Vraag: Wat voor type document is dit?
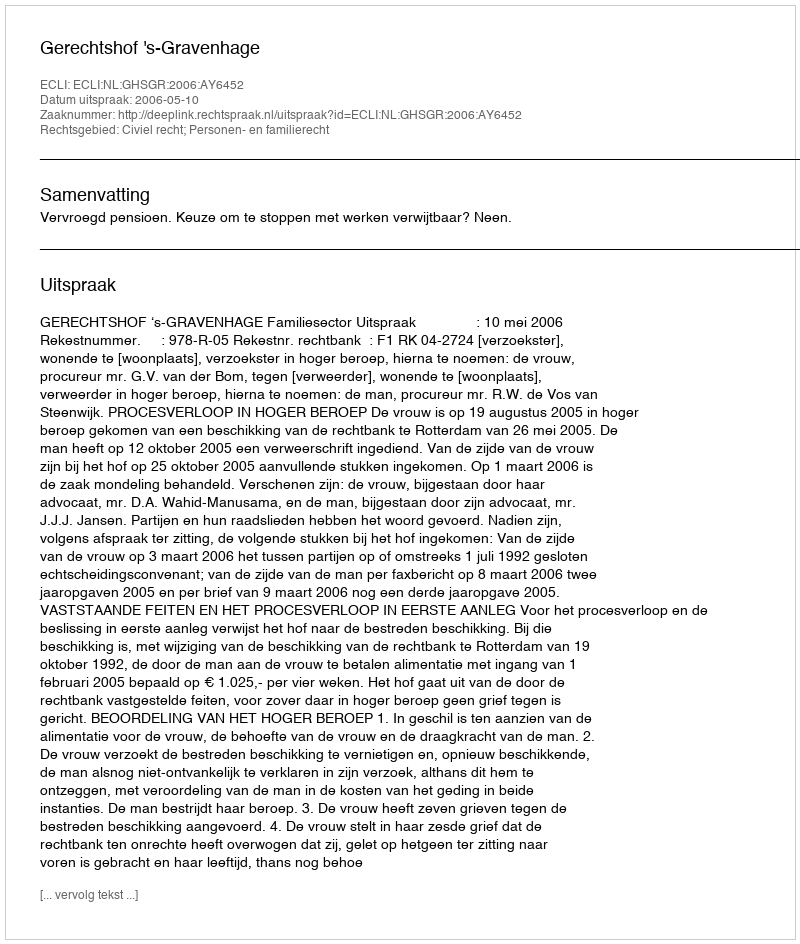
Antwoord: Uitspraak